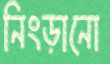
নিংড়ানো